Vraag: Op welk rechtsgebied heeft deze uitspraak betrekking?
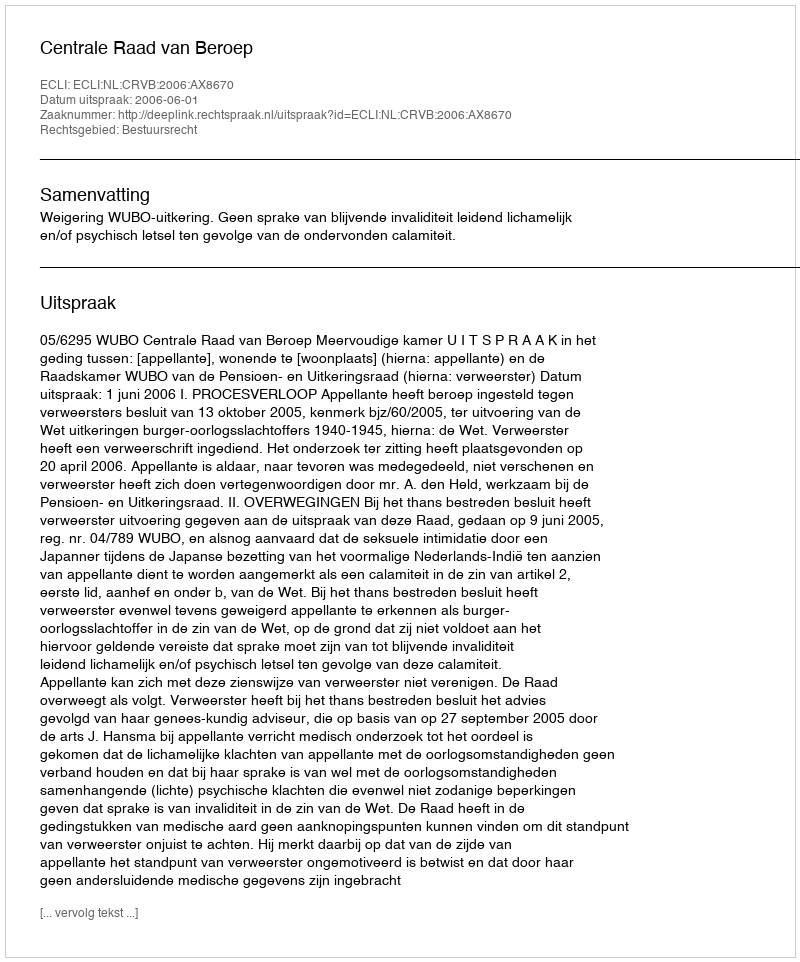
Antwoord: Bestuursrecht